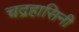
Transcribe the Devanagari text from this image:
चद्रहासिनी